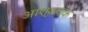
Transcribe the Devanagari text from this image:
आश्वयक